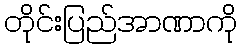
တိုင်းပြည်အာဏာကို